Report on sanitation, dispensaries, and jails in Rajputana for 1913, and on vaccination for the year 1913-1914 - 1913-1914
Year: 1913
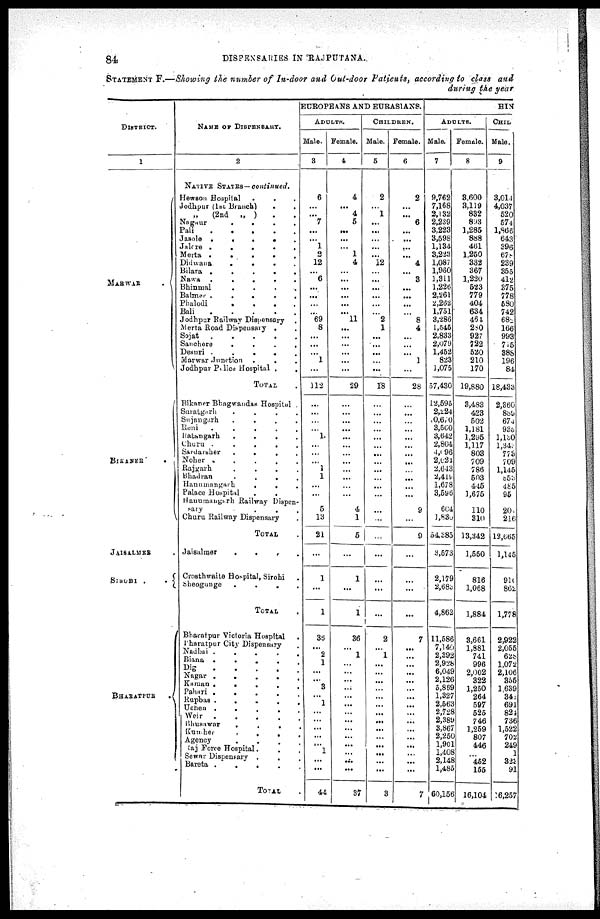
84
DISPENSARIES IN RAJPUTANA.
STATEMENT F.—Showing the number of In-door and Out-door Patients, according to class and
during the year
DISTRICT.
1
MARWAR
BIKANER
.
JAISALMER .
SIROHI
.
BHARATPUR .
NAME OF DISPENSARY.
2
NATIVE STATES— continued.
Hewson Hospital
.
.
.
.
Jodhpur (1st Branch) . .
„
(2nd „ ) . .
Nagaur
.
.
.
.
.
Pali
.
.
.
.
.
.
Jasole
.
.
.
.
.
Jalore
.
.
.
.
Merta
.
.
.
.
.
Didwana.
.
.
.
.
Bilara
.
.
.
.
.
Nawa . . . . .
Bhinmal . . . .
Balmer
.
.
.
.
Phalodi . . . .
Bali
.
.
.
.
.
Jodhpur Railway Dispensary .
Merta Road Dispenaray . .
Sojat
.
.
.
.
.
Sanchore
.
.
.
.
.
Desuri . . . . .
Marwar Junction . . .
Jodhpur Police Hospital . .
TOTAL .
Bikaner Bhagwandas Hospital
Suratgarh
.
.
.
.
Sujangarh . . . .
Reni
.
.
.
.
.
.
Ratangarh
.
.
.
.
.
Churu . . . . .
Sardarsher
.
.
.
.
.
Noher . . . . . .
Rajgarh . . . . .
Bhadran . . . . . .
Hanumangarh . . . . .
Palace Hospital . . . .
Hanumangarh Railway Dispen-
sary . . .
Churu Railway Dispensary .
TOTAL .
Jaisalmer . . . .
Crosthwaite Hospital, Sirohi .
Sheogunge
.
.
.
.
TOTAL .
Bharatpur Victoria Hospital .
Pharatpur City Dispensary .
Nadhai
.
.
.
.
Biana
.
.
.
.
.
Dig . . . . .
Nagar
.
.
.
.
.
Kaman
.
. . . .
Pahari
.
.
.
.
Rupbas . . . .
Uchen
.
.
.
.
Weir . . . .
Bhusawar . . . .
Kumher . . . . .
Agency . . . .
Raj Force Hospital. . . . .
Sewar Dispensary . . . .
Bareta
.
.
.
.
.
TOTAL .
EUROPEANS AND EURASIANS.
ADULTS.
Male.
3
6
...
...
7
...
...
1
2
12
...
6
...
...
...
...
69
8
...
...
...
1
...
112
...
...
...
...
1
...
...
...
1
1
...
...
5
13
21
...
1
...
1
36
...
2
1
...
...
3
...
1
...
...
...
...
...
1
...
...
44
Female.
4
4
...
4
5
...
...
...
1
4
...
...
...
...
...
...
11
...
...
...
...
...
...
29
...
...
...
...
...
...
...
...
...
...
...
...
4
1
5
...
1
...
1
36
...
1
...
...
...
...
...
...
...
...
...
...
...
...
...
...
37
CHILDREN.
Male.
5
2
...
1
...
...
...
...
...
12
...
...
...
...
...
...
2
1
...
...
...
...
...
18
...
...
...
...
...
...
...
...
...
...
...
...
...
...
...
...
...
...
...
2
...
1
...
...
...
...
...
...
...
...
...
...
...
...
...
...
3
Female.
6
2
...
...
6
...
...
...
...
4
...
3
...
...
...
...
8
4
...
...
...
1
...
28
...
...
...
...
...
...
...
...
...
...
...
...
9
...
9
...
...
...
...
7
...
...
...
...
...
...
...
...
...
...
...
...
...
...
...
...
7
HIN
ADULTS.
Male.
7
9,762
7,168
2,132
2,239
3,223
3,598 1,134
3,223
1,087
1,960
1,311
1,226
2,261
2,262
1,751
3,286
1,545
2,833
2,079 1,452
823
1,075
57,430
12,595
2,224
0,670
3,560
3,642
2,804
4,096
2,024
2,643
2,418
1,678
3,596
604
1,830
54,385
3,573
2,179
2,683
4,862
11,586
7,140
2,392
2,928
6,049
2,126
5,869
1,327
2,563
2,728
2,389
3,867
2,250
1,901
1,408
2,148
1,485
60,156
Female.
8
3,600
3,119
832
893
1,285
888
461
1,250
332
367
1,220
523
779
404
634
464
280
927
722
520
210
170
19,880
3,483
423
502
1,181
1,295
1,117
803
709
786
503
445
1,675
110
310
13,342
1,550
816
1,068
1,884
3,661
1,881
741
996
2,002
322
1,250
264
597
525
746
1,259
807
446
...
452
155
16,104
CHIL
Male.
9
3,014
4,037
520
574
1,866
643 396
678
239
365
412
375
778
580
742
682
166
993
715
388
196
84
18,433
2,360
889
674
935
1,130
1,343
773
709
1,145
853
485
95
201
216
12,665
1,145
910
862
1,778
2,922
2,055
628
1,072
2,106
356
1,639
343
691
824
736
1,522
702
249
1
323
91
16,257